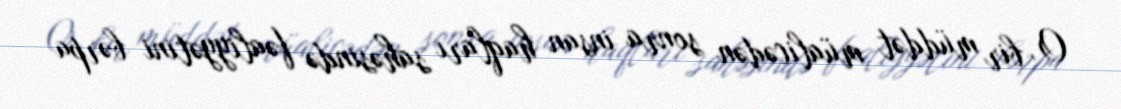
O, bir müddət müalicədən sonra insan haqları sahəsində fəaliyyətini bərpa